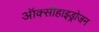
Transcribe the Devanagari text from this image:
ऑक्सीहाइड्रोजन